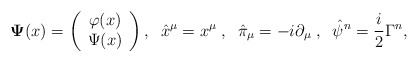
\begin{align*}{\bf \Psi}(x)=\left(\begin{array}{c}\varphi(x)\\\Psi(x)\end{array}\right),\;\; \hat{x}^\mu=x^\mu\;,\;\;\hat{\pi}_\mu=-i\partial_\mu\;, \;\;\hat{\psi}^n=\frac{i}{2}\Gamma^n,\end{align*}